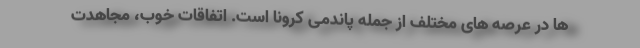
ها در عرصه های مختلف از جمله پاندمی کرونا است. اتفاقات خوب، مجاهدت